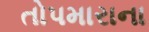
તોપમારાના